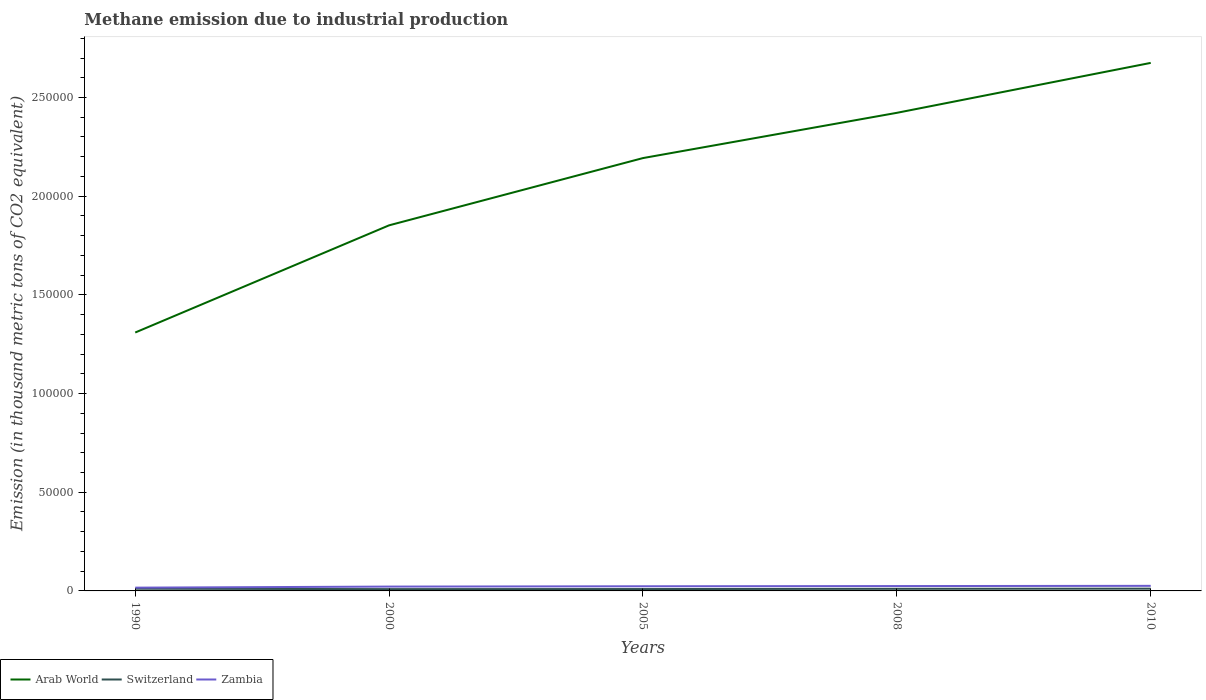
| Years | Arab World | Switzerland | Zambia |
 | --- | --- | --- | --- |
 | 1990 | 1.31e+05 | 1.11e+03 | 1.66e+03 |
 | 2000 | 1.85e+05 | 912 | 2.2e+03 |
 | 2005 | 2.19e+05 | 949 | 2.36e+03 |
 | 2008 | 2.42e+05 | 1.07e+03 | 2.46e+03 |
 | 2010 | 2.68e+05 | 1.15e+03 | 2.57e+03 |